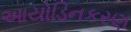
આયોડિનકરણ